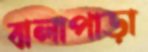
বালাপাড়া